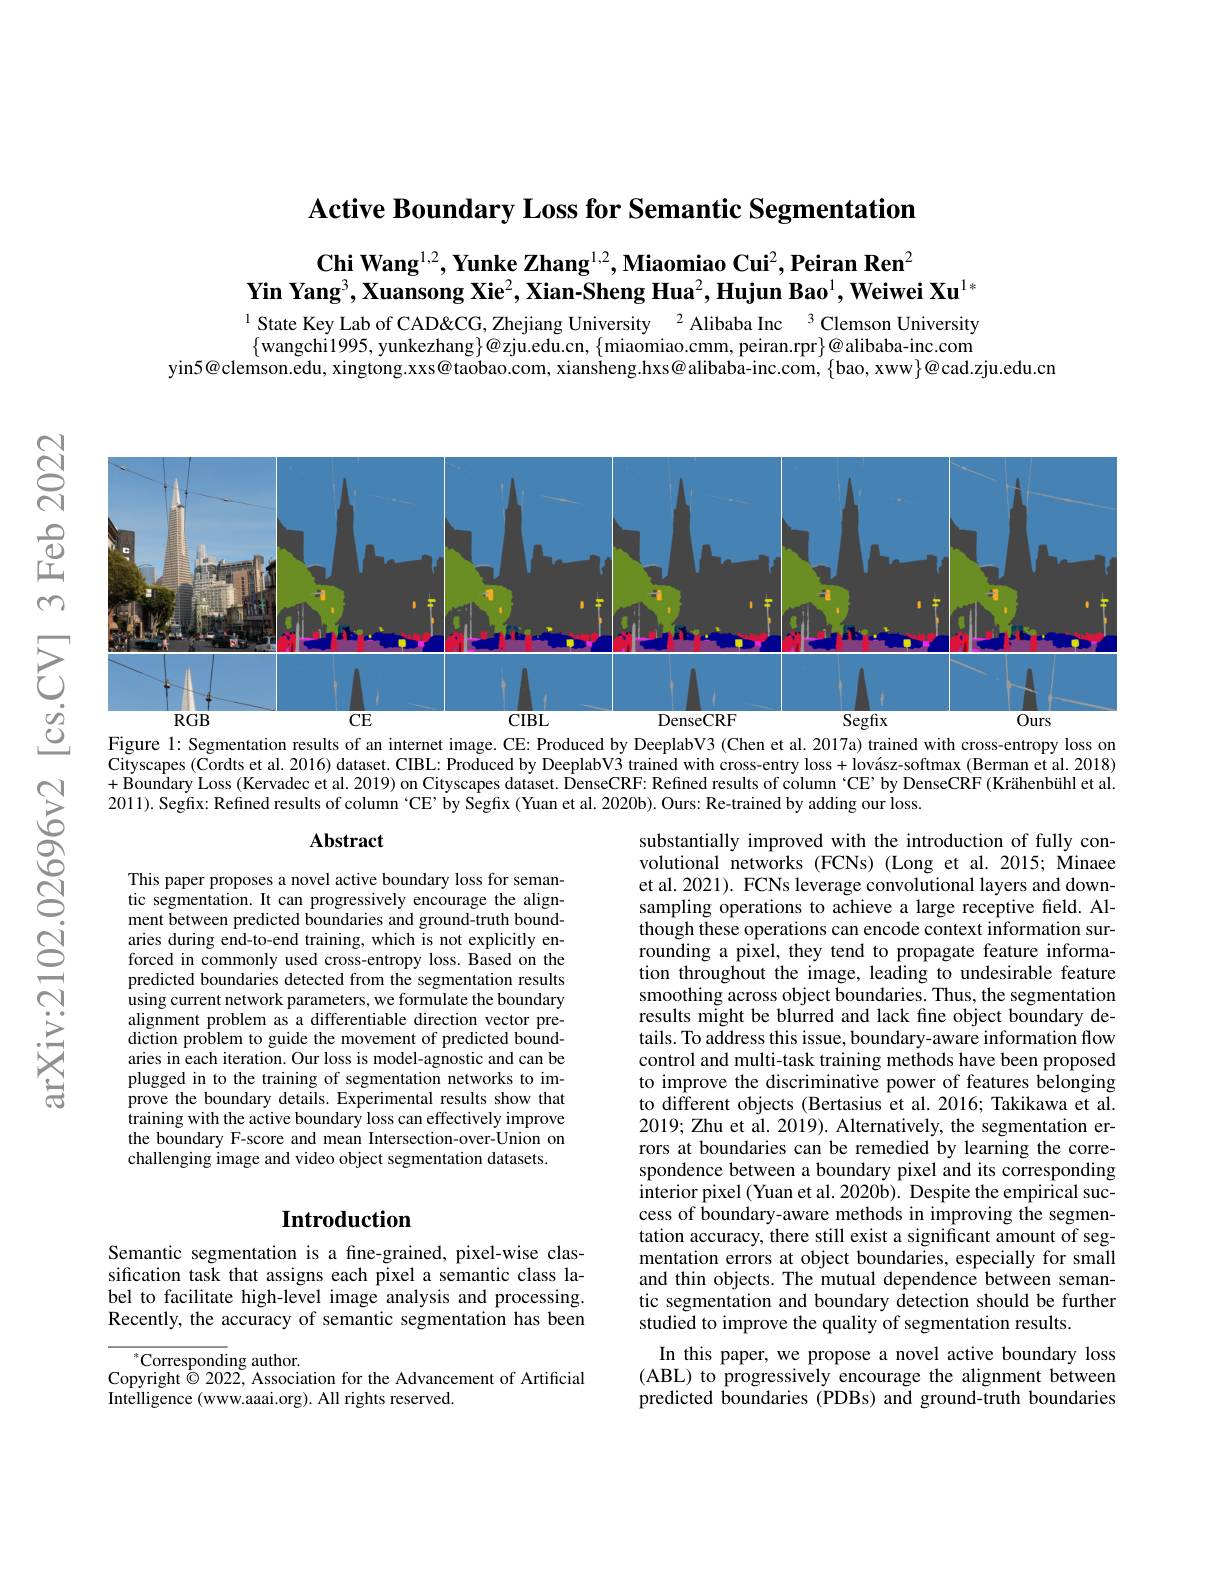
$\textbf{Active Boundary Loss for Semantic Segmentation}$

$\textbf{Chi Wang}^{1,2},\textbf{Yunke Zhang}^{1,2},\textbf{Miaomiao Cui}^2,\textbf{Peiran Ren}^2$
$\textbf{Yin Yang}^3,\textbf{Xuansong Xie}^2,\textbf{Xian-Sheng Hua}^2,\textbf{Hujun Bao}^1,\textbf{Weiwei Xu}^{1*}$

$^{1}$ State Key Lab of CAD&CG, Zhejiang University $^{2}$ Alibaba Inc $^{3}$ Clemson University $\{$wangchi1995,yunkezhang$\}@$zju.edu.cn, $\{\tilde\text{miaomiao.cmm, peiran.rpr}\}@$alibaba-inc.com
yin5@clemson.edu, xingtong.xxs$@$taobao.com, xiansheng.hxs@alibaba-inc.com, $\{$bao, xww$\}@$cad.zju.edu.cn

<FigureHere>

Figure 1: Segmentation results of an internet image. CE: Produced by DeeplabV3 (Chen et al. 2017a) trained with cross-entropy loss on Cityscapes (Cordts et al. 2016) dataset. CIBL: Produced by DeeplabV3 trained with cross-entry loss + lovász-softmax (Berman et al. 2018) + Boundary Loss (Kervadec et al. 2019) on Cityscapes dataset. DenseCRF: Refined results of column ‘CE’by DenseCRF(Krähenbühl et al. 2011). Segfix: Refined results of column ‘CE’ by Segfix (Yuan et al. 2020b). Ours: Re-trained by adding our loss

### Abstract

This paper proposes a novel active boundary loss for semantic segmentation. It can progressively encourage the alignment between predicted boundaries and ground-truth boundaries during end-to-end training, which is not explicitly enforced in commonly used cross-entropy loss. Based on the predicted boundaries detected from the segmentation results using current network parameters, we formulate the boundary alignment problem as a differentiable direction vector prediction problem to guide the movement of predicted boundaries in each iteration. Our loss is model-agnostic and can be plugged in to the training of segmentation networks to improve the boundary details. Experimental results show that training with the active boundary loss can effectively improve the boundary F-score and mean Intersection-over-Union on challenging image and video object segmentation datasets.

substantially improved with the introduction of fully convolutional networks (FCNs) (Long et al.2015; Minaee et al. 2021). FCNs leverage convolutional layers and downsampling operations to achieve a large receptive field. Although these operations can encode context information surrounding a pixel, they tend to propagate feature information throughout the image, leading to undesirable feature smoothing across object boundaries. Thus, the segmentation results might be blurred and lack fıne object boundary details. To address this issue, boundary-aware information flow control and multi-task training methods have been proposed to improve the discriminative power of features belonging to different objects (Bertasius et al. 2016; Takikawa et al. 2019; Zhu et al. 2019). Alternatively, the segmentation errors at boundaries can be remedied by learning the correspondence between a boundary pixel and its corresponding interior pixel (Yuan et al. 2020b). Despite the empirical success of boundary-aware methods in improving the segmentation accuracy, there still exist a significant amount of segmentation errors at object boundaries, especially for small and thin objects. The mutual dependence between semantic segmentation and boundary detection should be further studied to improve the quality of segmentation results.
In this paper, we propose a novel active boundary loss (ABL) to progressively encourage the alignment between

# Introduction

Semantic segmentation is a fine-grained, pixel-wise classification task that assigns each pixel a semantic class label to facilitate high-level image analysis and processing. Recently, the accuracy of semantic segmentation has been

predicted boundaries (PDBs) and ground-truth boundaries

$^*$Corresponding author.
Copyright $\dot{\odot}$ 2022, Association for the Advancement of Artificial
Intelligence (www.aaai.org). All rights reserved.